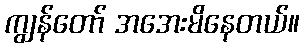
ကျွန်တော် အအေးမိနေတယ်။